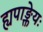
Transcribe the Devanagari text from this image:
ह्यपाङ्क्तेयः